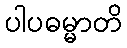
ပါပဓမ္မာတိ